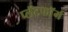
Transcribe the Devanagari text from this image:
प्लॅटफाॅर्म